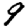
Digit: 9